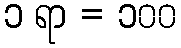
၁ ရာ = ၁၀၀